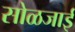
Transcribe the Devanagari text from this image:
सोळजाई